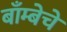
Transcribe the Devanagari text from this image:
बाँम्बेचे